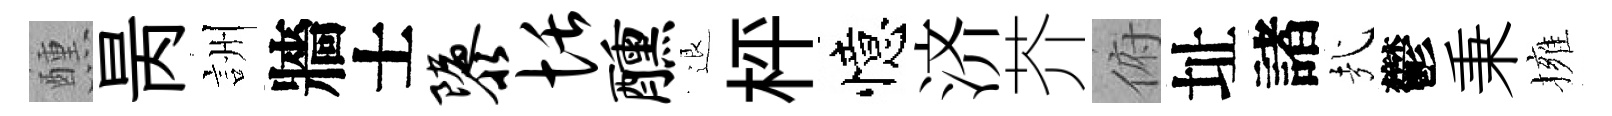
醺昺詶牆士隳恬醺退枰憶济芥俯址諸㢤鬱秉擁